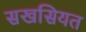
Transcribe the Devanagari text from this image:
सखसियत